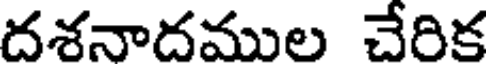
దశనాదముల చేరిక